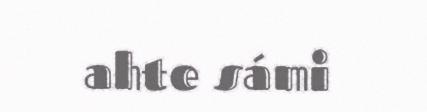
ahte sámi